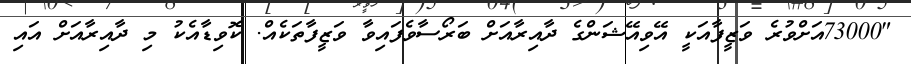
"73000އަށްވުރެ ވަޒީފާއަކީ އޭވިއޭޝަންގެ ދާއިރާއަށް ބަރޯސާވެފައިވާ ވަޒީފާތަކެއް. ކޮވިޑާއެކު މި ދާއިރާއަށް އައި